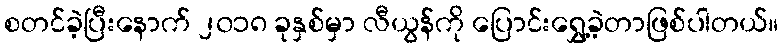
စတင်ခဲ့ပြီးနောက် ၂၀၁၈ ခုနှစ်မှာ လီယွန်ကို ပြောင်းရွှေ့ခဲ့တာဖြစ်ပါတယ်။